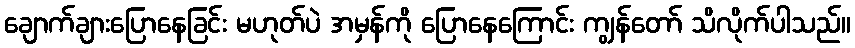
ချောက်ချားပြောနေခြင်း မဟုတ်ပဲ အမှန်ကို ပြောနေကြောင်း ကျွန်တော် သိလိုက်ပါသည်။